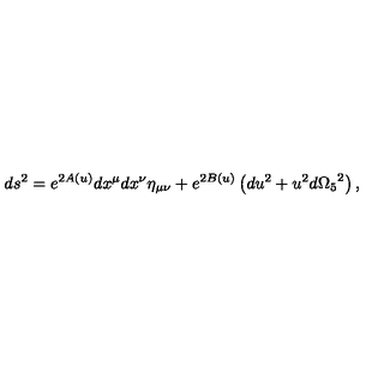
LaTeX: d s ^ { 2 } = e ^ { 2 A ( u ) } d x ^ { \mu } d x ^ { \nu } \eta _ { \mu \nu } + e ^ { 2 B ( u ) } \left( d u ^ { 2 } + u ^ { 2 } d { \Omega _ { 5 } } ^ { 2 } \right) ,